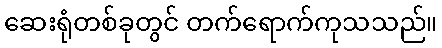
ဆေးရုံတစ်ခုတွင် တက်ရောက်ကုသသည်။